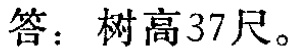
答：树高37尺。